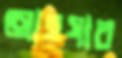
আহযাব